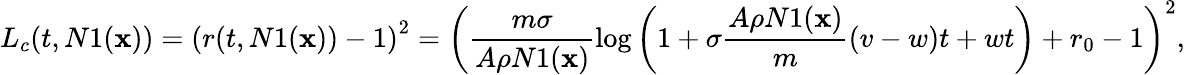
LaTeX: L_{c}(t,N1(\mathbf{x}))=\left(r(t,N1(\mathbf{x}))-1\right)^{2}=\left(\frac{m\sigma}{A\rho N1(\mathbf{x})}\log\left(1+\sigma\frac{A\rho N1(\mathbf{x})}{m}(v-w)t+wt\right)+r_{0}-1\right)^{2},